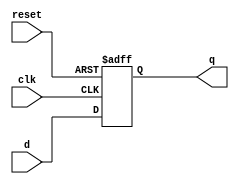
module ParameterizedRegister #(
    parameter N = 8  // Default width is 8 bits, can be changed at instantiation
)(
    input wire clk,           // Clock signal
    input wire reset,         // Asynchronous reset signal
    input wire [N-1:0] d,     // N-bit wide input data
    output reg [N-1:0] q      // N-bit wide output
);

    // Always block triggered on the rising edge of the clock or reset
    always @(posedge clk or posedge reset) begin
        if (reset) begin
            q <= {N{1'b0}};   // Clear the register (set to 0)
        end else begin
            q <= d;           // Capture input data on clock edge
        end
    end

endmodule